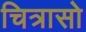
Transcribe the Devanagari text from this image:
चित्रासो